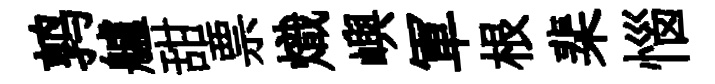
鹑艫甜票熾嶼軍根棐惱